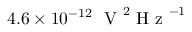
4 . 6 \times 1 0 ^ { - 1 2 } ~ \mathrm { ~ V ~ } ^ { 2 } \mathrm { ~ H ~ z ~ } ^ { - 1 }